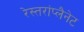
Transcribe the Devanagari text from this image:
रेस्तरांप्लैनेट